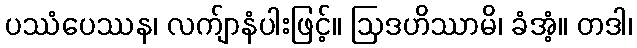
ပဿံပေဿန၊ လက်ျာနံပါးဖြင့်။ ဩဒဟိဿာမိ၊ ခံအံ့။ တဒါ၊